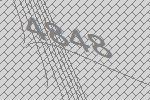
4848